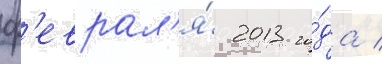
ф'еврал'я́ 2013 го́да /